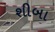
શીબા